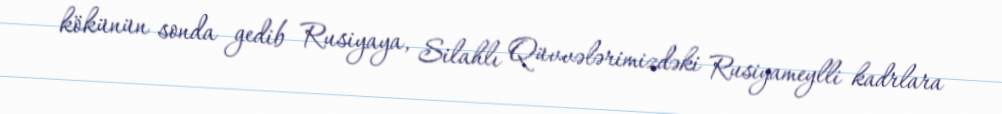
kökünün sonda gedib Rusiyaya, Silahlı Qüvvələrimizdəki Rusiyameylli kadrlara